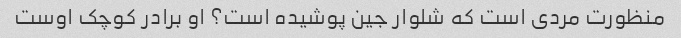
منظورت مردی است که شلوار جین پوشیده است؟ او برادر کوچک اوست